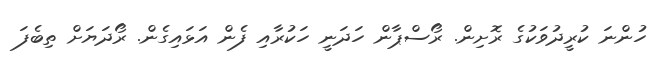
ހުންނަ ކުރީދުވަކުގެ ރޮށިން. ރޯސްޕާން ހަދަނީ ހަކުރާއި ފެން އަޅައިގެން. ރޯދަޔަށް ތިބެފަ